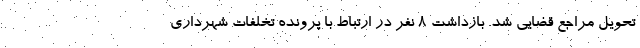
تحویل مراجع قضایی شد. بازداشت ۸ نفر در ارتباط با پرونده تخلفات شهرداری